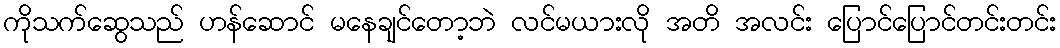
ကိုသက်ဆွေသည် ဟန်ဆောင် မနေချင်တော့ဘဲ လင်မယားလို အတိ အလင်း ပြောင်ပြောင်တင်းတင်း